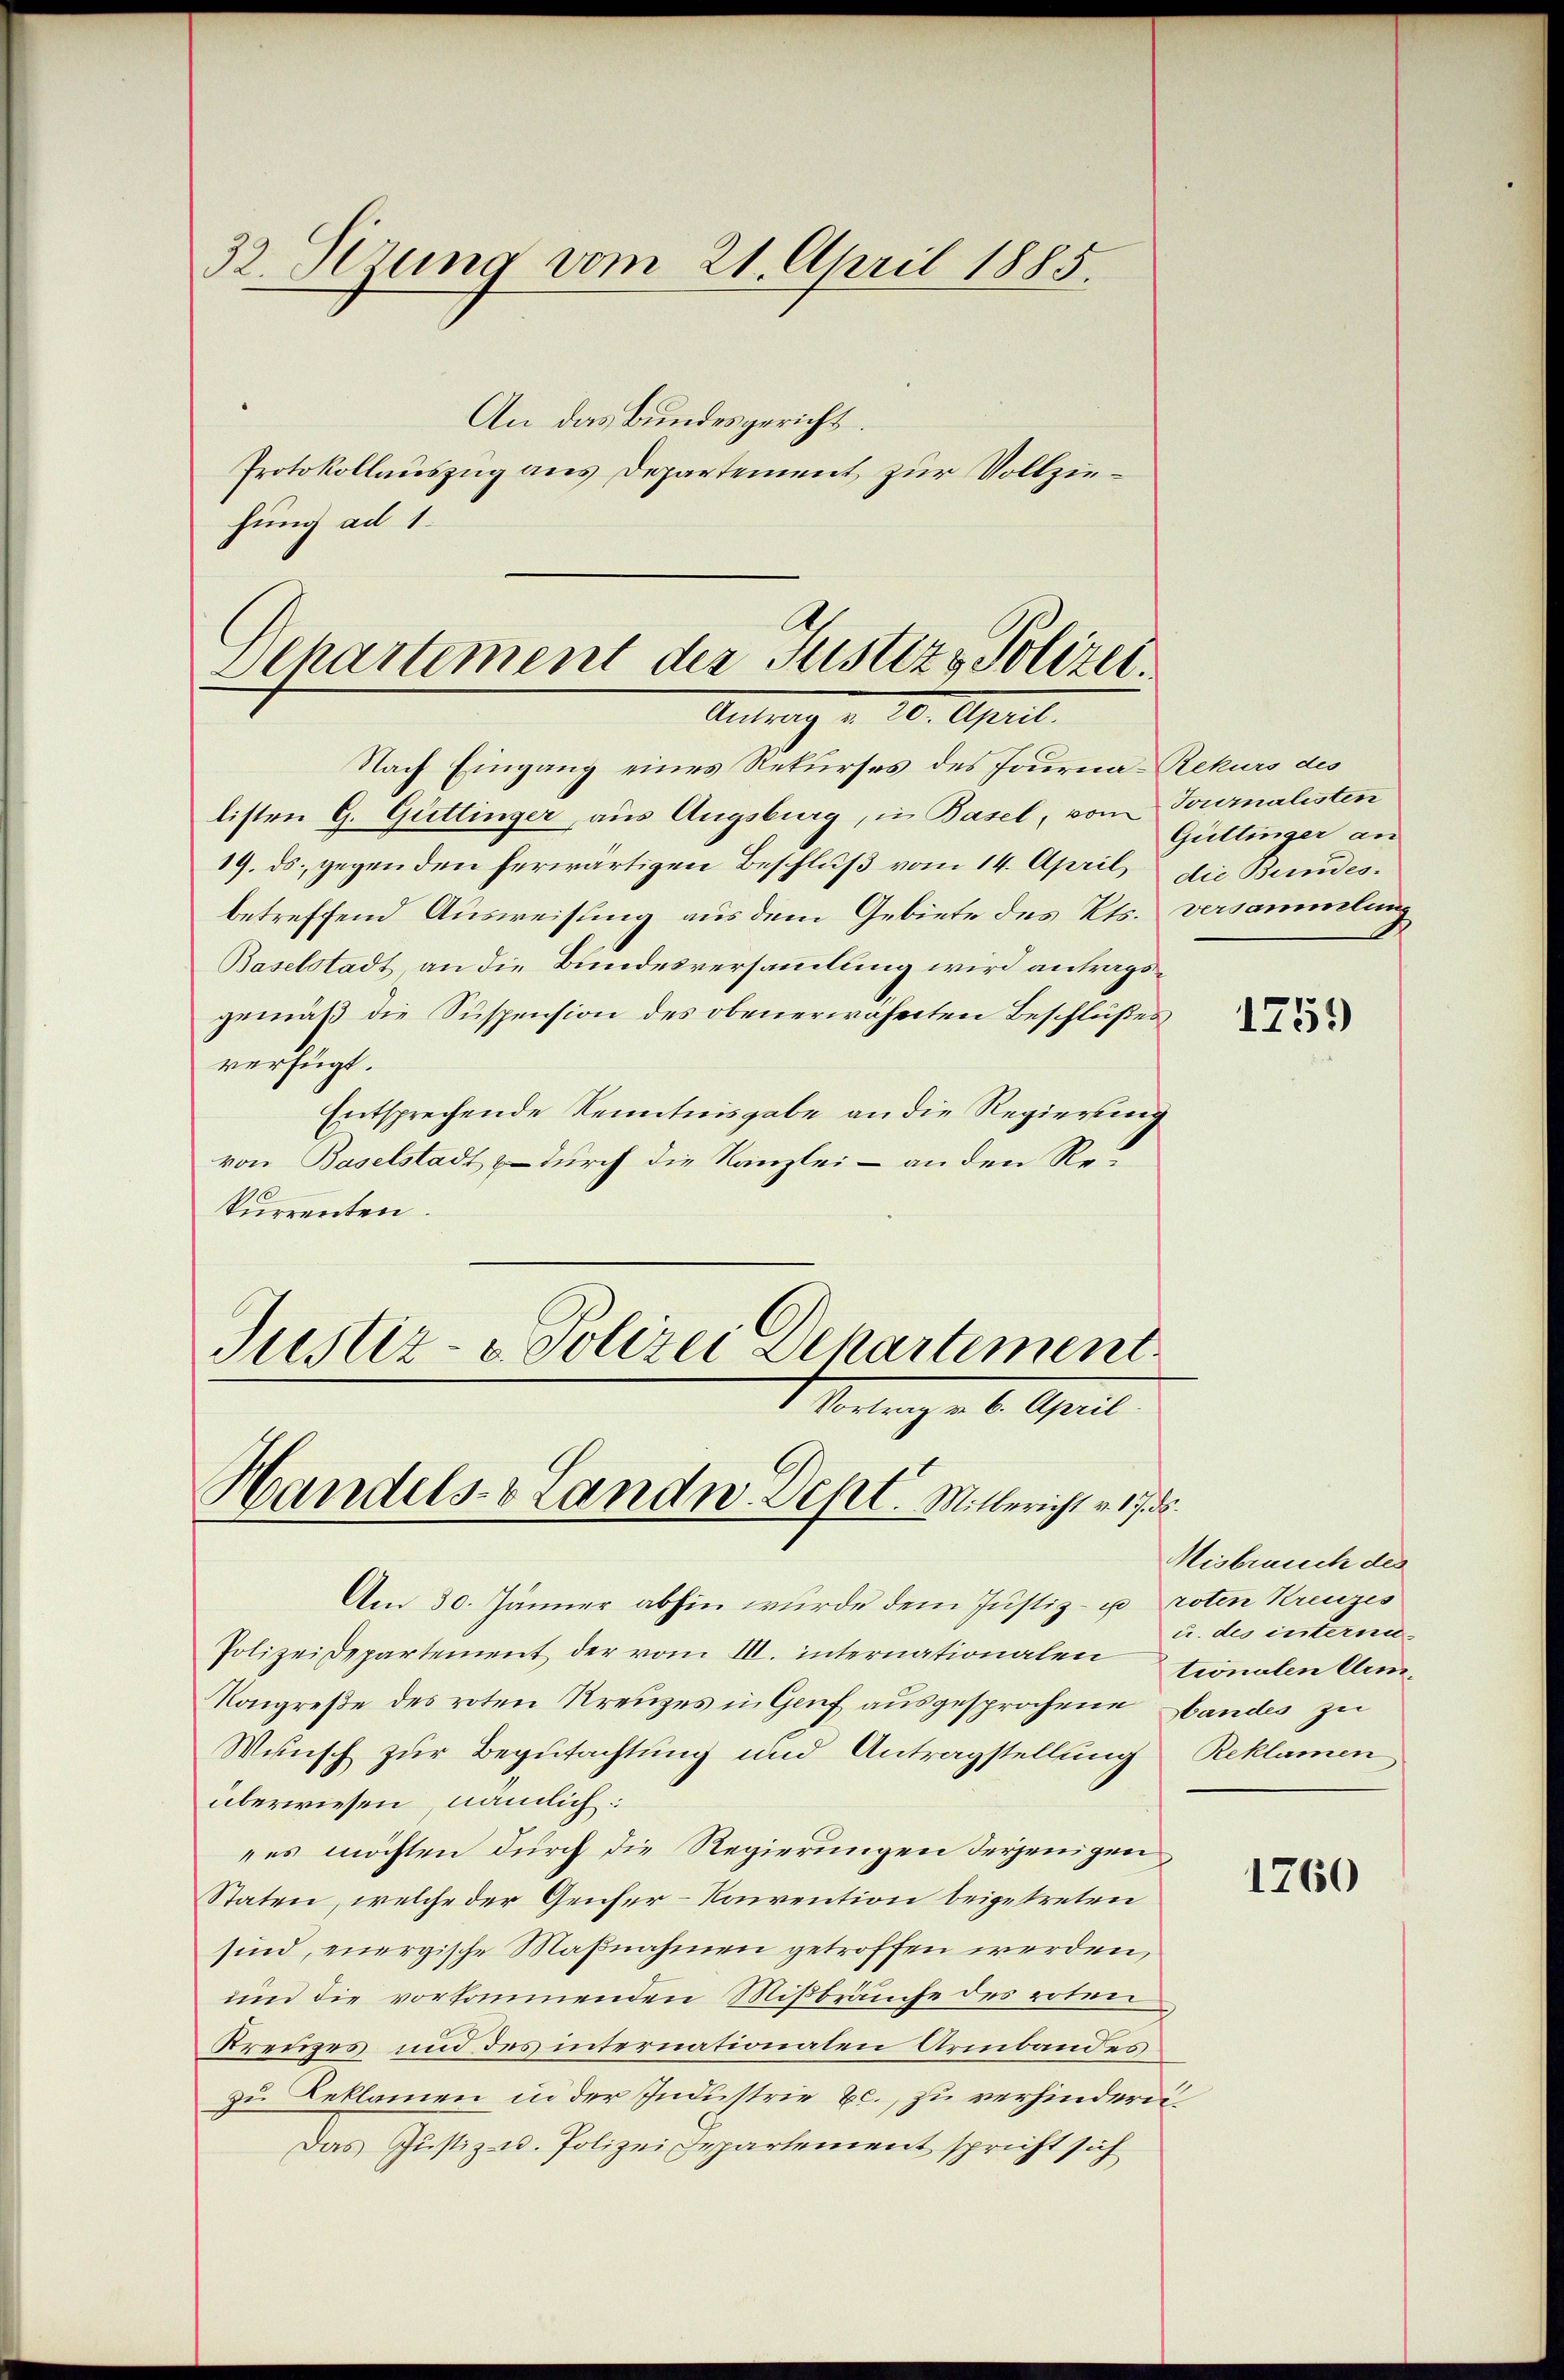
32. Verung vom 21. April 1885.

An das Bundesgericht.
Protokollauszug aus Departement zur Vollziehung ad 1.

Departement der Justiz & Polizei.
Ant. 20. April.

Nach Eingang eines Rekurses des Fourna-Rekurs des
listen G. Güttinger, aus Augsburg, in Basel, vom Tournalisten
19. ds. gegen den herwärtigen Beschluß vom 14. April die Bundesbetreffend Ausweisung aus dem Gebiete des Kts. versammlung
Baselstadt, an die Bundesversammlung wird antragsgemäß die Suspension des obenerwähnten Beschlußes
verfügt.
Entsprechende Kenntnisgabe an die Regierung
von Baselstadt durch die Kanzlei - an den Rekurrenten.
Justiz- & Polizei Departement

Mitung u. 6. April
Handels- & Landn-Dept. Mitlericht v. 17. d.

Am 30. Jänner abhin wurde dem Justiz- u. roten Kreuzes
Polizeidepartement der vom III. internationalen tionalen Arm-
Kongreße des roten Kreuzes in Genf ausgesprochene Handes zu
Wunsch zur Begutachtung und Antragstellung Reklamen
überwiesen, nämlich:
"es möchten durch die Regierungen derjenigen
Staten, welche der Genfer-Konvention beigetreten
sind, energische Maßnahmen getroffen werden,
und die vorkommenden Mißbräuche des roten
Kreuzes und des internationalen Armbandes
zu Beklamen in der Industrie Ec., zu verhindern.
Das Justiz- u. Polizei Departement spricht sich

Güttinger an

1759)

Misbrauch des
u. des interna

1760